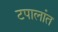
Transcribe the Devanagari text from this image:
टपालांत